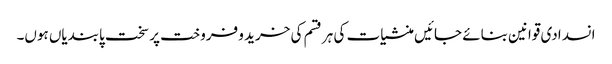
انسدادی قوانین بنائے جائیں منشیات کی ہر قسم کی خرید و فروخت پر سخت پابندیاں ہوں۔